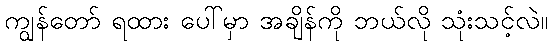
ကျွန်တော် ရထား ပေါ်မှာ အချိန်ကို ဘယ်လို သုံးသင့်လဲ။